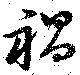
禍